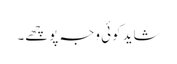
شاید کوئی وجہ پوچھے۔